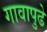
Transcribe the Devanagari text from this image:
गावापुढे